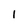
Character: 1